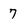
Character: 7